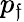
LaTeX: p_{\mathfrak{f}}